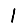
Digit: 1